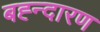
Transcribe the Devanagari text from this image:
बह्न्दारण